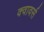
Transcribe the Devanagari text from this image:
क्वावर्स